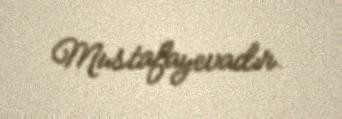
Mustafayevadır.